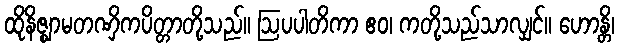
ထိုနိဇ္ဈာမတဏှိကပိတ္တာတို့သည်။ ဩပပါတိကာ ဧဝ၊ ကတို့သည်သာလျှင်။ ဟောန္တိ၊